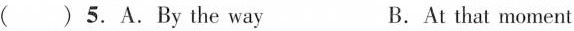
( )5.A.By the way B.At that moment